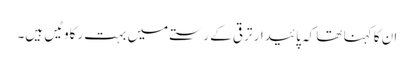
ان کا کہنا تھا کہ پائیدار ترقی کے رستے میں بہت رکاوٹیں ہیں۔